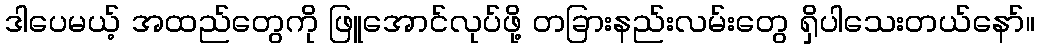
ဒါပေမယ့် အထည်တွေကို ဖြူအောင်လုပ်ဖို့ တခြားနည်းလမ်းတွေ ရှိပါသေးတယ်နော်။